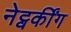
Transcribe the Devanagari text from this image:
नेट्वर्कींग